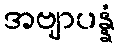
အဗျာပန္နံ